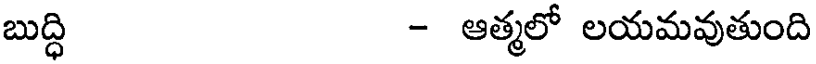
బుద్ధి - ఆత్మలో లయమవుతుంది